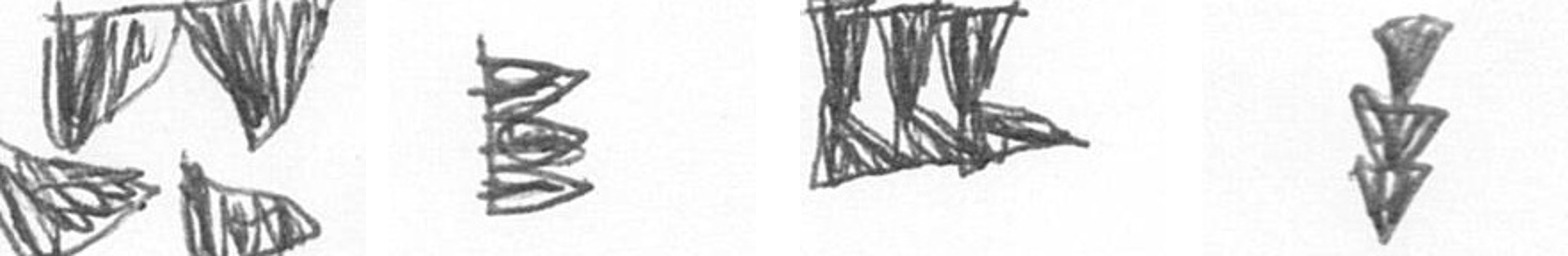
B H D E